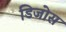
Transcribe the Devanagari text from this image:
डिजोस